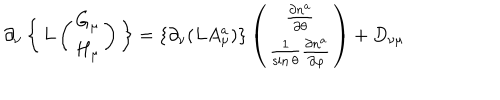
\partial _ { \nu } \left\{ \begin{array} { c } { { L \left( \begin{array} { c } { { G _ { \mu } } } \\ { { H _ { \mu } } } \\ \end{array} \right) } } \\ \end{array} \right\} = \{ \partial _ { \nu } ( L A _ { \mu } ^ { a } ) \} \left( \begin{array} { c } { { \frac { \partial n ^ { a } } { \partial \theta } } } \\ { { \frac { 1 } { \sin \theta } \frac { \partial n ^ { a } } { \partial \varphi } } } \\ \end{array} \right) + D _ { \nu \mu }